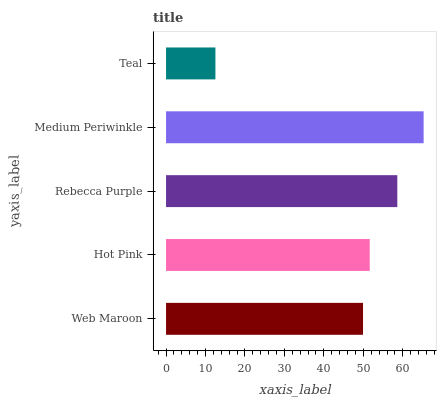
| yaxis_label | bars |
 | --- | --- |
 | Web Maroon | 49.9 |
 | Hot Pink | 51.6 |
 | Rebecca Purple | 58.6 |
 | Medium Periwinkle | 65.3 |
 | Teal | 12.5 |